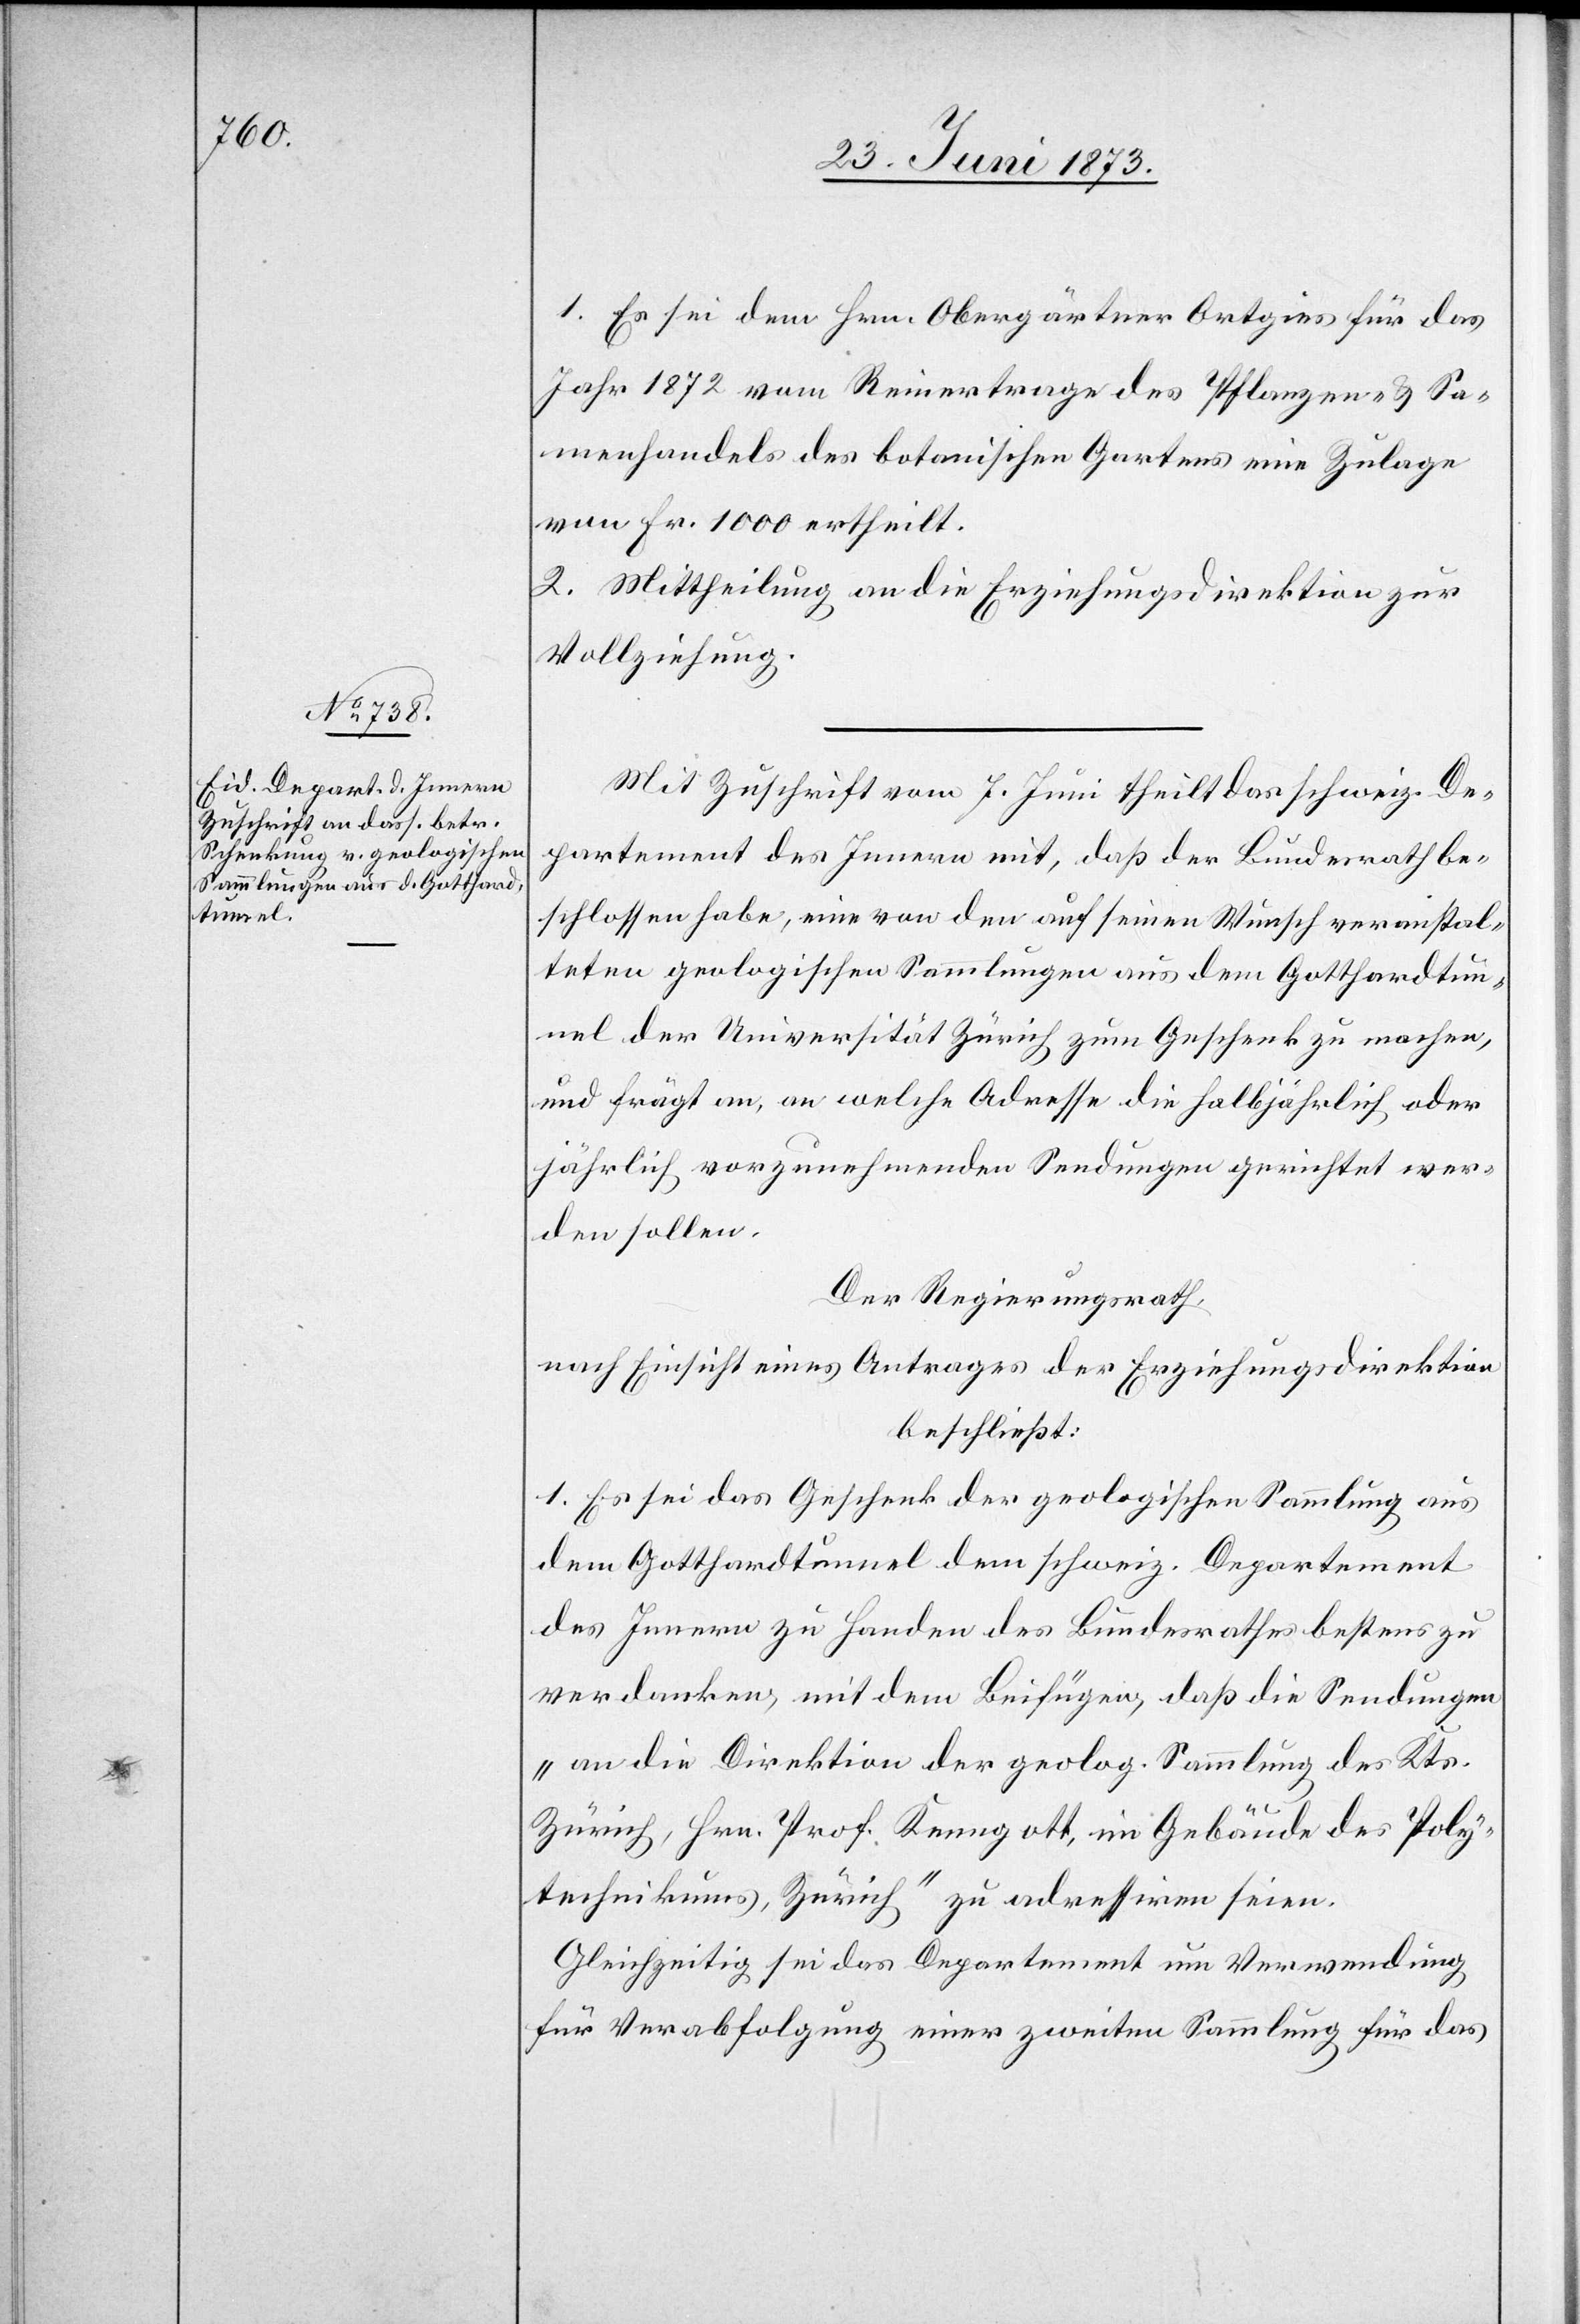
1. Es sei dem Hrn. Obergärtner Ortgies für das
Jahr 1872 vom Reinertrage des Pflanzen- & Sa¬
menhandels des botanischen Gartens eine Zulage
von Fr. 1 000 ertheilt.
Mit Zuschrift vom 7. Juni theilt das schweiz. De¬
partement des Innern mit, daß der Bundesrath be¬
schlossen habe, eine von den auf seinen Wunsch veranstal¬
teten geologischen Sammlungen aus dem Gotthardtun¬
nel der Universität Zürich zum Geschenk zu machen,
und frägt an, an welche Adresse die halbjährlich oder
jährlich vorzunehmenden Sendungen gerichtet wer¬
den sollen.
Der Regierungsrath,
nach Einsicht eines Antrages der Erziehungsdirektion
beschließt:
1. Es sei das Geschenk der geologischen Sammlung aus
dem Gotthardtunnel dem schweiz. Departement
des Innern zu Handen des Bundesrathes bestens zu
verdanken, mit dem Beifügen, daß die Sendungen
„an die Direktion der geolog. Sammlung des Kts.
Zürich, Hrn. Prof. Kenngott, im Gebäude des Poly¬
technikums, Zürich“ zu adressiren seien.
Gleichzeitig sei das Departement um Verwendung
für Verabfolgung einer zweiten Sammlung für das